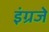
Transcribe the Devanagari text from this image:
इंग्रजे